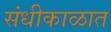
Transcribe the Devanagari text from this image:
संधीकाळात